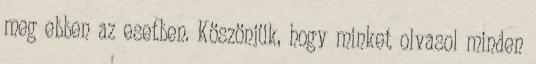
meg ebben az esetben. Köszönjük, hogy minket olvasol minden